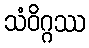
သံဝိဂ္ဂဿ